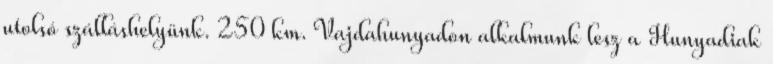
utolsó szálláshelyünk. 250 km. Vajdahunyadon alkalmunk lesz a Hunyadiak